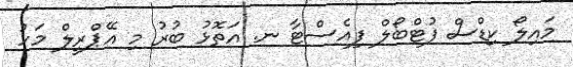
މައިލޯ ކިޑްސް ފުޓްބޯލް ފިއެސްޓާ ނ. އަތޮޅު ބުރު މި އޭޕްރީލް މަހު